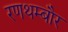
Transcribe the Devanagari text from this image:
रणथम्बौर